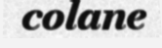
colane